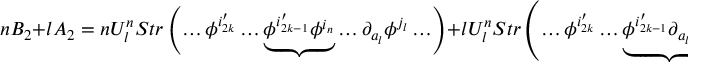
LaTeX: n B _ { 2 } + l A _ { 2 } = n U _ { l } ^ { n } S t r \left( \ldots \phi ^ { i _ { 2 k } ^ { \prime } } \ldots \underbrace { \phi ^ { i _ { 2 k - 1 } ^ { \prime } } \phi ^ { i _ { n } } } \ldots \partial _ { a _ { l } } \phi ^ { j _ { l } } \ldots \right) + l U _ { l } ^ { n } S t r \left( \ldots \phi ^ { i _ { 2 k } ^ { \prime } } \ldots \underbrace { \phi ^ { i _ { 2 k - 1 } ^ { \prime } } \partial _ { a _ { l } } \phi ^ { j _ { l } } } \ldots \right)